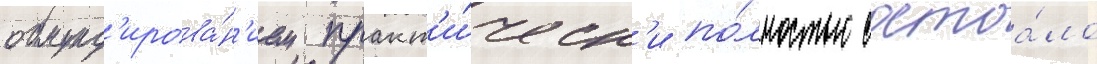
обмунд'ирова́н'ием практ'и́ческ'и по́лностью состоа́ло